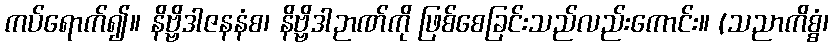
ကပ်ရောက်၍။ နိဗ္ဗိဒါဇနနံစ၊ နိဗ္ဗိဒါဉာဏ်ကို ဖြစ်စေခြင်းသည်လည်းကောင်း။ (သညာကိစ္စံ၊